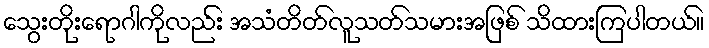
သွေးတိုးရောဂါကိုလည်း အသံတိတ်လူသတ်သမားအဖြစ် သိထားကြပါတယ်။